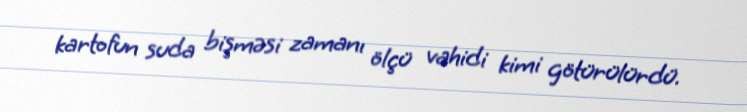
kartofun suda bişməsi zamanı ölçü vahidi kimi götürülürdü.